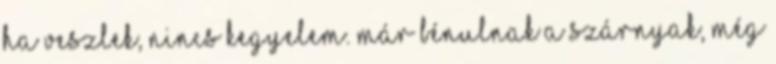
ha veszlek, nincs kegyelem. már bénulnak a szárnyak, még